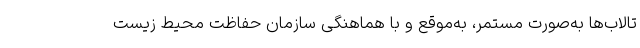
تالاب‌ها به‌صورت مستمر، به‌موقع و با هماهنگی سازمان حفاظت محیط زیست